Vaccination in the Punjab 1883-1896 - 1883-1896
Year: 1883
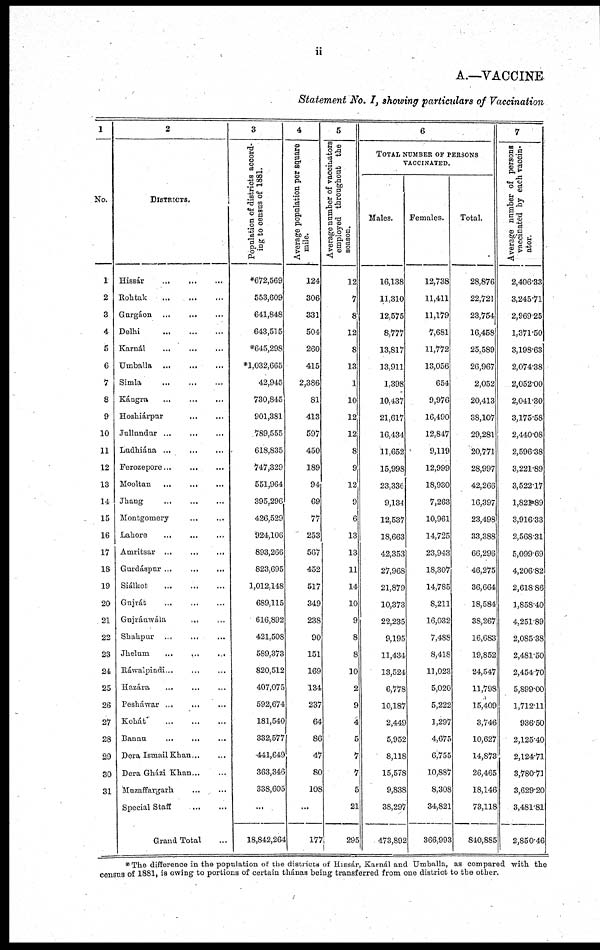
ii
A.—VACCINE.
Statement No. I, showing particulars of Vaccination
1
No.
1
2
3
4
5
6
7
8
9
10
11
12
13
14
15
16
17
18
19
20
21
22
23
24,
25
26
27
28
29
30
31
2
DISTRICTS.
Hissár ... ... ...
Rohtak
...
...
...
Gurgáon ... ... ...
Delhi
...
...
...
Karnál ... ... ...
Umballa ... ... ...
Simla
...
...
...
Kángra ... ... ...
Hoshiárpur ... ... ...
Jullundur
...
...
...
Ludhiána
...
...
...
Ferozepore ... ... ...
Mooltan ... ... ...
Jhang ... ... ...
Montgomery ... ...
Lahore ... ... ...
Amritsar ... ... ...
Gurdáspur ... ... ...
Siálkol
...
...
...
Gujrát ... ... ...
Gujránwála ... ...
Shahpur ... ... ...
Jhelum ... ... ...
Rawalpindi ... ... ...
Hazára ... ... ...
Pesháwar ... ... ...
Kohát
...
...
...
Bannu ... ... ...
Deva Ismail Khan ... ...
Dera Gházi Khan ... ...
Mnzaffargarh
...
...
Special Staff
...
...
Grand Total ...
3
Population of districts accord-
ing to census of 1881.
*672,569
553,609
641,848
643,515
*645,298
*1,032,665
42,945
730,845
901,381
789,555
618,835
747,329
551,964
395,296
426,529
924,106
893,266
823,695
1,012,148
689,115
616,892
421,508
589,373
820,512
407,075
592,674
181,540
332,577
441,649
363,346
338,605
...
18,842,264
4
Average population per square
mile.
124
306
331
504
260
415
2,386
81
413
597
450
189
94
69
77
253
507
452
517
349
238
90
151
169
134
237
64
86
47
80
108
...
177
5
Average number of vaccinators
employed throughout the
season.
12
7
8
12
8
13
1
10
12
12
8
9
12
9
6
13
13
11
14
10
9
8
8
10
2
9
4
5
7
7
5
21
295
6
TOTAL NUMBER OF PERSONS
VACCINATED.
Males.
16,138
11,310
12,575
8,777
13,817
13,911
1,398
10,437
21,617
16,434
11,652
15,998
23,336
9,134
12,537
18,663
42,353
27,968
21,879
10,373
22,235
9,195
11,434
13,524
6,778
10,187
2,449
5,952
8,118
15,578
9,838
38,297
473,892
Females.
12,738
11,411
11,179
7,681
11,772
13,056
654
9,976
16,490
12,847
9,119
12,999
18,930
7,263
10,961
14,725
23,943
18,307
14,785
8,211
16,032
7,488
8,418
11,023
5,020
5,222
1,297
4,675
6,755
10,887
8,308
34,821
366,993
Total.
28,876
22,721
23,754
16,458
25,589
26,967
2,052
20,413
38,107
29,281
20,771
28,997
42,266
16,397
23,498
33,388
66,296
46,275
36,664
18,584
38,267
16,683
19,852
24,547
11,798
15,409
3,746
10,627
14,873
26,465
18,146
73,118
840,885
7
Average number of persons
vaccinated by each vaccin-
ator.
2,406.33
3,245.71
2,969.25
1,371.50
3,198.63
2,074.38
2,052.00
2,041.30
3,175.58
2,440.08
2,596.38
3,221.89
3,522.17
1,821.89
3,916.33
2,568.31
5,099.69
4,206.82
2,618.86
1,858.40
4,251.89
2,085.38
2,481.50
2,454.70
5,899.00
1,712.11
936.50
2,125.40
2,124.71
3,780.71
3,629.20
3,481.81
2,850.46
*The difference in the population of the districts of Hissár, Karnál and Umballa, as compared with the
census of 1881, is owing to portions of certain thánas being transferred from one district to the other.